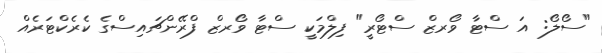
"ސޯލޯ: އަ ސްޓާ ވޯރޒް ސްޓޯރީ" ފިލްމަކީ ސްޓާ ވޯރޒް ފްރޭންޗައިސްގެ ކެރެކްޓަރެއް